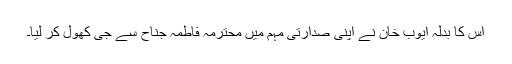
اس کا بدلہ ایوب خان نے اپنی صدارتی مہم میں محترمہ فاطمہ جناح سے جی کھول کر لیا۔